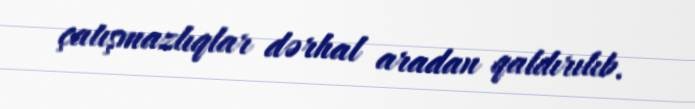
çatışmazlıqlar dərhal aradan qaldırılıb.